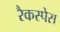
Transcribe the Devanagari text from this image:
रैकस्पेस